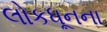
લોકધૂનના